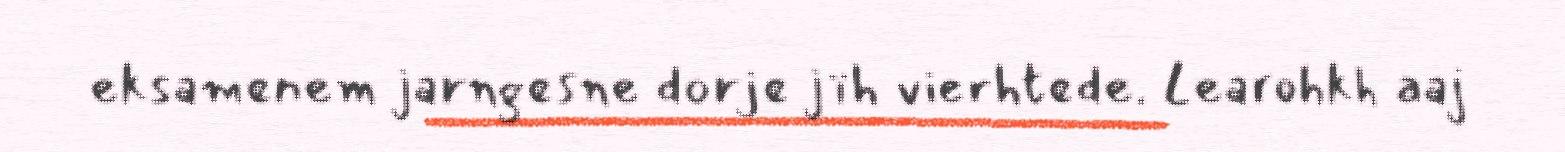
eksamenem jarngesne dorje jïh vierhtede. Learohkh aaj